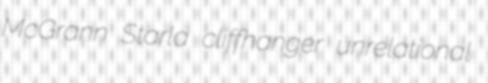
McGrann Starla cliffhanger unrelational